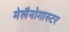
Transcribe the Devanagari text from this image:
मेलैनोगास्टर